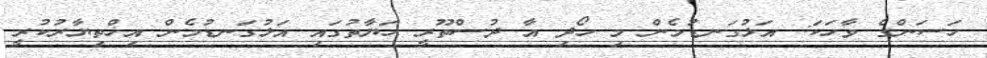
ހަސަންގެ ވާހަކަ: އަޅުގަނޑުމެން މި ހޯދި އާ ދުސްތޫރީ ހަޔާތުގައި އަޅުގަނޑުމެން އިޚްތިޔާރުކުރީ